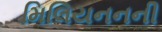
મિલિયનનની